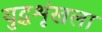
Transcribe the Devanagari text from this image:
युद्धशृंखला